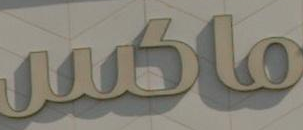
mெ